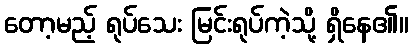
တော့မည့် ရုပ်သေး မြင်းရုပ်ကဲ့သို့ ရှိနေ၏။